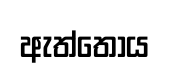
ඇත්තෝය